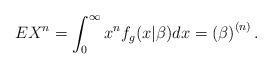
LaTeX: \begin{align*}EX^{n}=\int_{0}^{\infty }x^{n}f_{g}(x|\beta )dx=\left( \beta \right)^{\left( n\right) }. \end{align*}